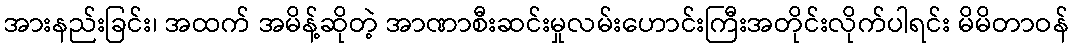
အားနည်းခြင်း၊ အထက် အမိန့်ဆိုတဲ့ အာဏာစီးဆင်းမှုလမ်းဟောင်းကြီးအတိုင်းလိုက်ပါရင်း မိမိတာဝန်